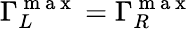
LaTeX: \Gamma_{L}^{\mathrm{~m~a~x~}}=\Gamma_{R}^{\mathrm{~m~a~x~}}